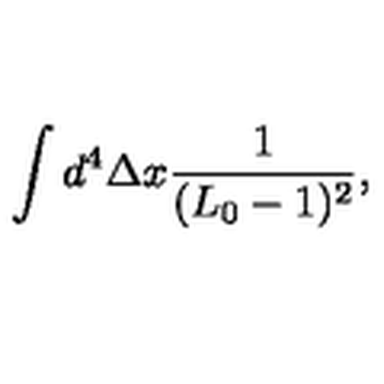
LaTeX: \int d ^ { 4 } \Delta x { \frac { 1 } { ( L _ { 0 } - 1 ) ^ { 2 } } } ,